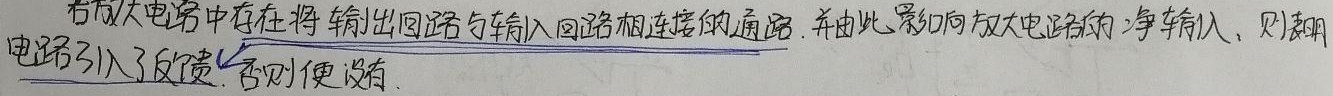
若放大电路中存在将输出回路与输入回路相连接的通路，并由此影响放大电路的净输入，则表明电路引入了反馈，否则便没有。